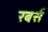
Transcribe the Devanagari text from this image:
रबर्स